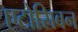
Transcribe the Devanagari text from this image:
एटोसिबन